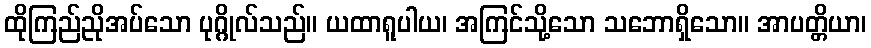
ထိုကြည်ညိုအပ်သော ပုဂ္ဂိုလ်သည်။ ယထာရူပါယ၊ အကြင်သို့သော သဘောရှိသော။ အာပတ္တိယာ၊